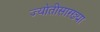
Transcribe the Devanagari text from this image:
ज्योतीसारख्या